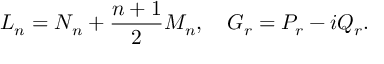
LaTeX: L _ { n } = N _ { n } + \frac { n + 1 } { 2 } M _ { n } , \quad G _ { r } = P _ { r } - i Q _ { r } .